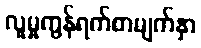
လူမှုကွန်ရက်စာမျက်နှာ